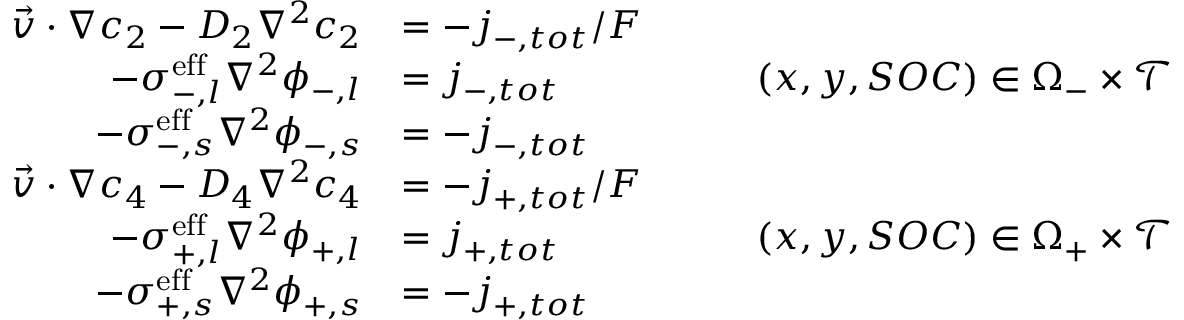
\begin{array} { r l r } { \vec { v } \cdot \nabla c _ { 2 } - D _ { 2 } \nabla ^ { 2 } c _ { 2 } } & { = - j _ { - , t o t } / F } & \\ { - \sigma _ { - , l } ^ { \mathrm { e f f } } \nabla ^ { 2 } \phi _ { - , l } } & { = j _ { - , t o t } } & { \qquad ( x , y , S O C ) \in \Omega _ { - } \times \mathcal { T } } \\ { - \sigma _ { - , s } ^ { \mathrm { e f f } } \nabla ^ { 2 } \phi _ { - , s } } & { = - j _ { - , t o t } } & \\ { \vec { v } \cdot \nabla c _ { 4 } - D _ { 4 } \nabla ^ { 2 } c _ { 4 } } & { = - j _ { + , t o t } / F } & \\ { - \sigma _ { + , l } ^ { \mathrm { e f f } } \nabla ^ { 2 } \phi _ { + , l } } & { = j _ { + , t o t } } & { \qquad ( x , y , S O C ) \in \Omega _ { + } \times \mathcal { T } } \\ { - \sigma _ { + , s } ^ { \mathrm { e f f } } \nabla ^ { 2 } \phi _ { + , s } } & { = - j _ { + , t o t } } & \end{array}